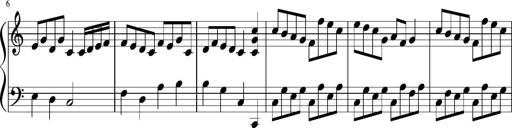
Title: Sonatine Nr.1 in C-Dur
Composer: DÃ©sirÃ©e Manns
Key: C major